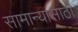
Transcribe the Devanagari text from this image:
सामान्यासाठी